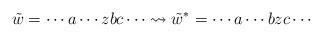
LaTeX: \begin{align*}\tilde{w} = \cdots a\cdots zbc \cdots \rightsquigarrow \tilde{w}^*=\cdots a\cdots bzc \cdots\end{align*}